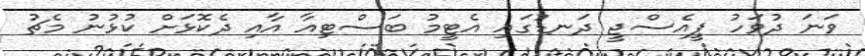
ވަނަ ދުވަހު ޕީއެސްޖީ ދަނޑުގައި އެޓީމު ބަސްޓިއާ އާއި ދެކޮޅަށް ކުޅުނު މެޗު